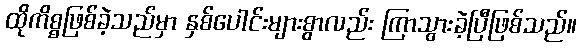
ထိုကိစ္စဖြစ်ခဲ့သည်မှာ နှစ်ပေါင်းများစွာလည်း ကြာသွားခဲ့ပြီဖြစ်သည်။